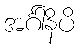
အင်္ဂါနိပိ